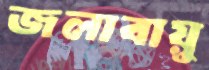
জলাবায়ু